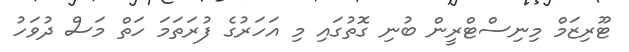
ޓޫރިޒަމް މިނިސްޓްރީން ބުނި ގޮތުގައި މި އަހަރުގެ ފުރަތަމަ ހަތް މަސް ދުވަހު